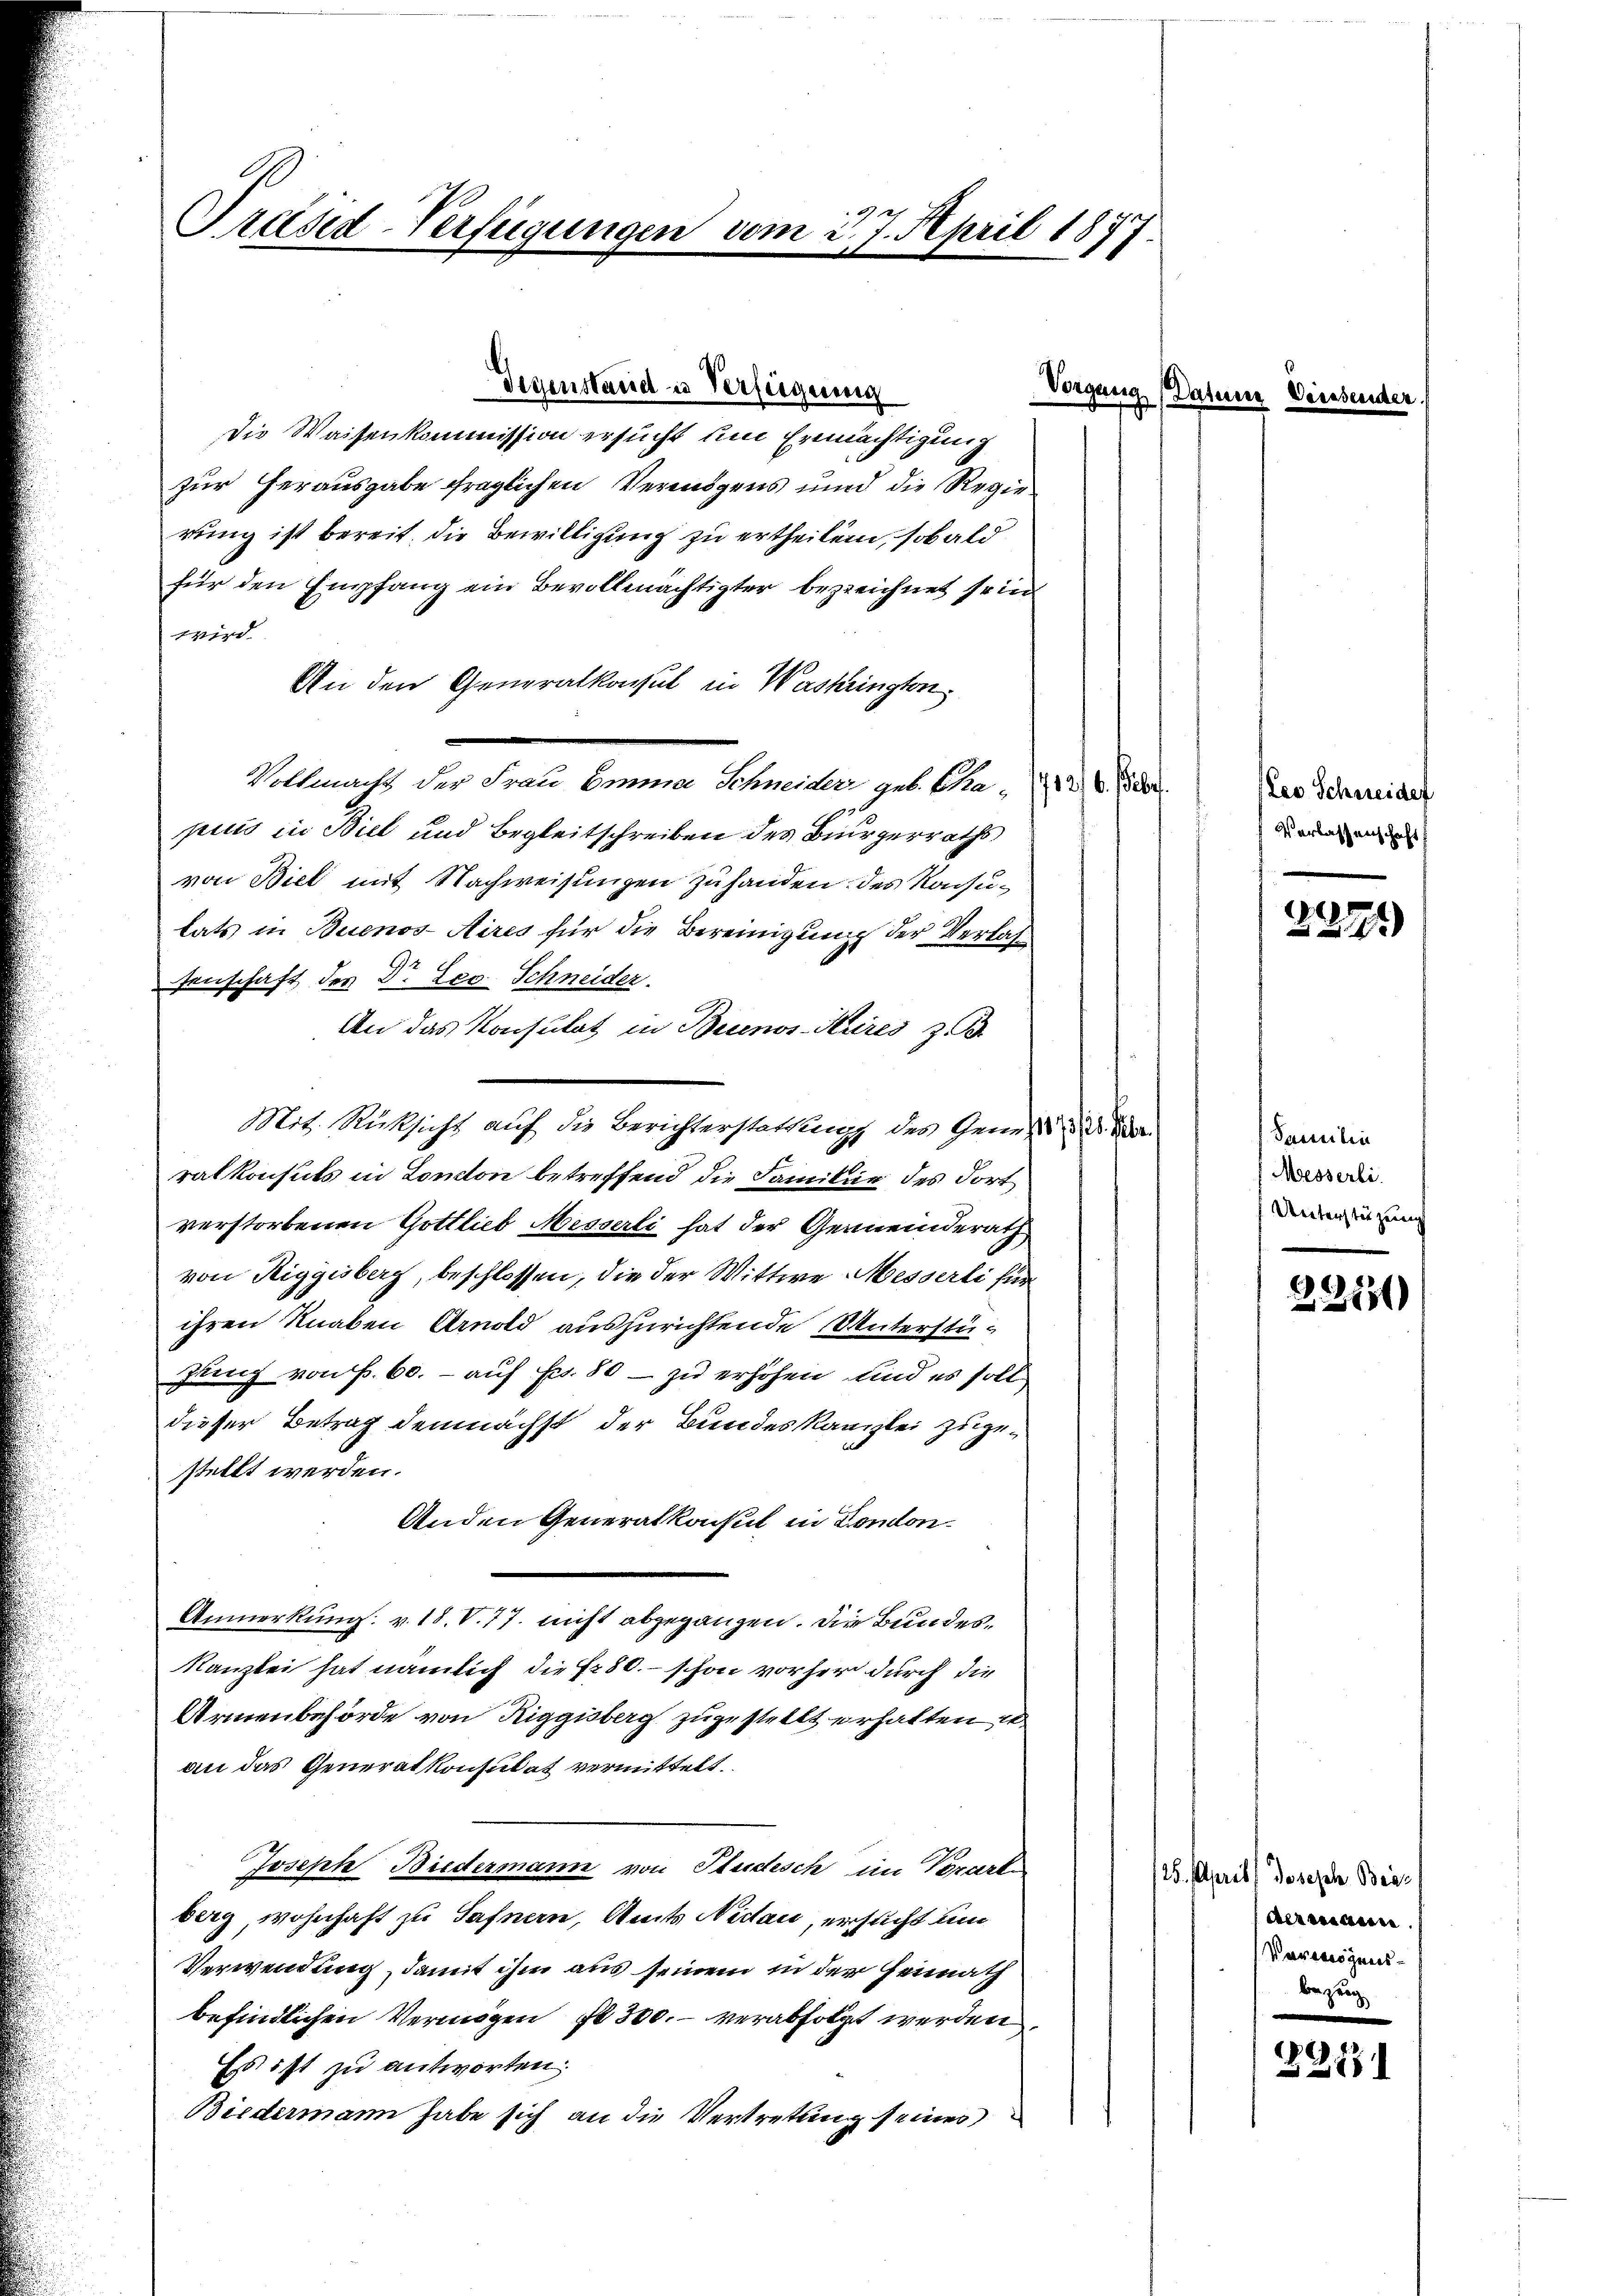
Präsed-Verfügungen vom 2. 7. April 1877
e

die Waisenkommission ersucht um Ermächtigung
zur Herausgabe fraglichen Vermögens und die Regierung ist bereit, die Bewilligung zu ertheilen, sobald
für den Empfang ein Bevollmächtigter bezeichnet sein
wird.
An den Generalkonsul in Washingten.
Vollmacht der Frau Emma Schneider, geb. Cha-
pius in Biel und Begleitschreiben des Bürgerraths
von Biel mit Nachweisungen zuhanden des Konsulats in Buenos-Aires für die Bereinigung der Verlassenschaft des Dr. Leo Schneider.
An das Konsulat in Bernos-Kures z. B.
Mit. Rücksicht auf die Berichterstattung des Geneh
ralkonsuls in London betreffend die Familie des dort
verstorbenen Gottlieb Messerli hat der Gemeinderath
von Riggisberg, beschlossen, die der Wittwe Messerli für
ihren Knaben Arnold auszurichtende Unterstüzung von f. 60. - auf Fr. 80 – zu erhöhen und es soll
dieser Betrag demnächst der Bundeskanzlei zugestellt werden.
Anden Generalkonsul in London¬
Anmerkung. v. 18. V. 77. nicht abgegangen. Die Bundes¬
Kanzlei hat nämlich die Fr. 80. – schon vorher durch die
Armenbehörde von Riggisberg zugestellt erhalten er
an das Generalkonsulat vermittelt.
Joseph Biedermann von Studesch im Vorarle
berg wohnhaft zu Hafnern, Amts Nidau, ersucht um
Verwendung, damit ihm aus seinem in der Heimath
befindlichen Vermögen fl 300. verabfolgt werden.
Es ist zu antworten.
Biedermann habe sich an die Vertretung seiner

Gegenstand u Verfügung

Vorgang Datum

Les Schneider
Verlassenschaft

22771

Saeculin
Messerli.
Unterstüzung

22531)

125. April) Joseph Base
der waren
Verweigensbezug

2131